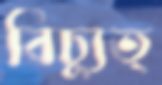
বিচ্যুত্